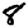
Digit: 8